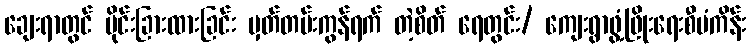
ချေးရာတွင် ပိုင်းခြားထားခြင်း မှတ်တမ်းကွန်ရက် တဲ့စိတ် ရေတွင်း/ ကျေးရွာဖွံ့ဖြိုးရေးစီမံကိန်း